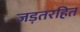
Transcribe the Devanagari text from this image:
जड़तरहित